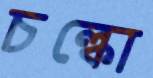
চল্‌কো